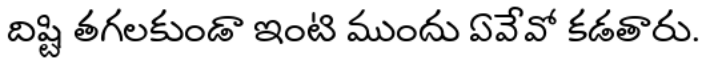
దిష్టి తగలకుండా ఇంటి ముందు ఏవేవో కడతారు.